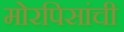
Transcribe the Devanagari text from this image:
मोरपिसांची